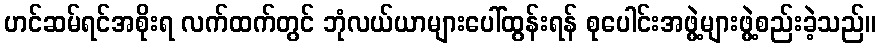
ဟင်ဆမ်ရင်အစိုးရ လက်ထက်တွင် ဘုံလယ်ယာများပေါ်ထွန်းရန် စုပေါင်းအဖွဲ့များဖွဲ့စည်းခဲ့သည်။